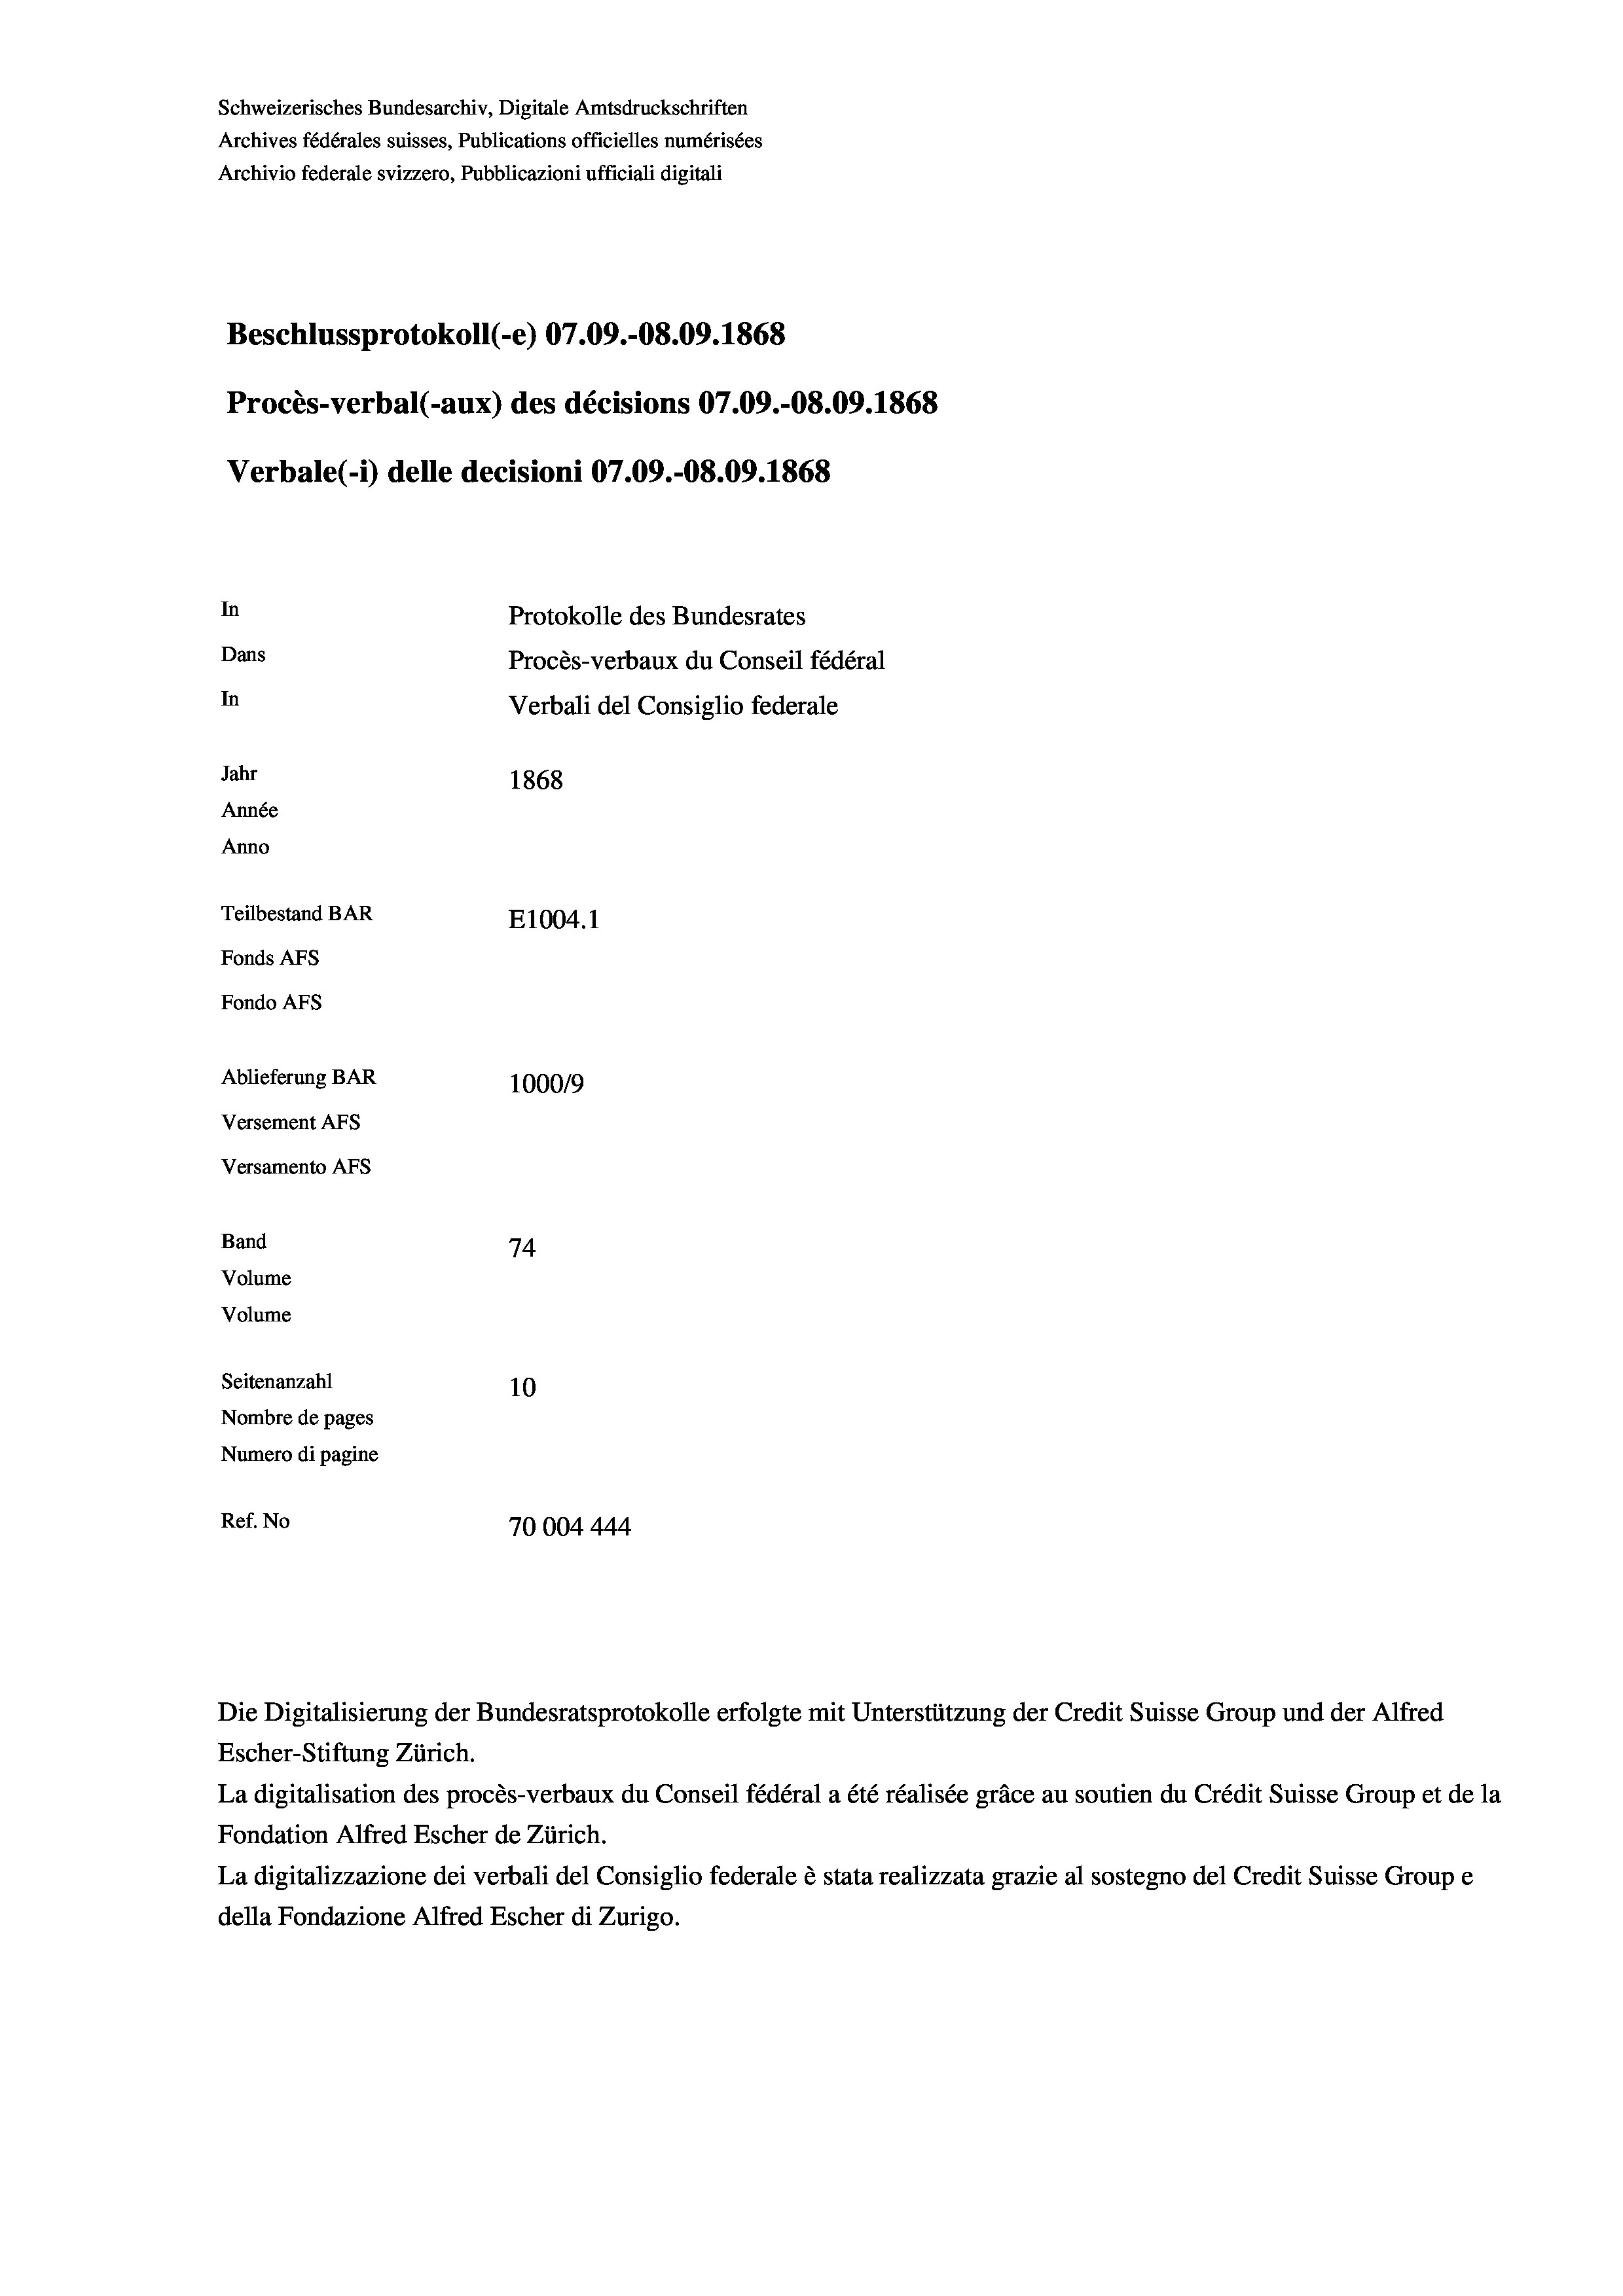
Schweizerisches Bundesarchiv, Digitale Amtsdruckschriften
Archives fédérales suisses, Publications officielles numérisées
Archivio federale svizzero, Pubblicazioni ufficiali digitali
Beschlussprotokoll (-e) 07.09.-08.09. 1868
Procès-verbal (-aux) des décisions 07.09.-O8.09. 1868
Verbale (i) delle decisioni 07.09.-08.09. 1868
In
Protokolle des Bundesrates
Dans
Procès-verbaux du Conseil fédéral
In
Verbali del Consiglio federale
Jahr
1868
Année
Anno
Teilbestand BAR
E1004.1
Fonds AFs
Fondo AFs
Ablieferung BAR
100019
Versement AFs
Versamento Afs
Band
74
Volume
Volume

Seitenanzahl
10
Nombre de pages
Numero di pagine
Ref. No
70004444

Die Digitalisierung der Bundesratsprotokolle erfolgte mit Unterstützung der Credit Suisse Group und der Alfred
Escher-Stiftung Zürich.
La digitalisation des procès-verbaux du Conseil fédéral a été réalisée gräce au soutien du Crédit Suisse Group et de la
Fondation Alfred Escher de Zürich.
La digitalizzazione dei verbali del Consiglio federale è stata realizzata grazie al sostegno del Credit Suisse Groupe
della Fondazione Alfred Escher di Zurigo.